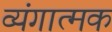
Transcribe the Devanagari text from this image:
व्‍यंगात्‍मक